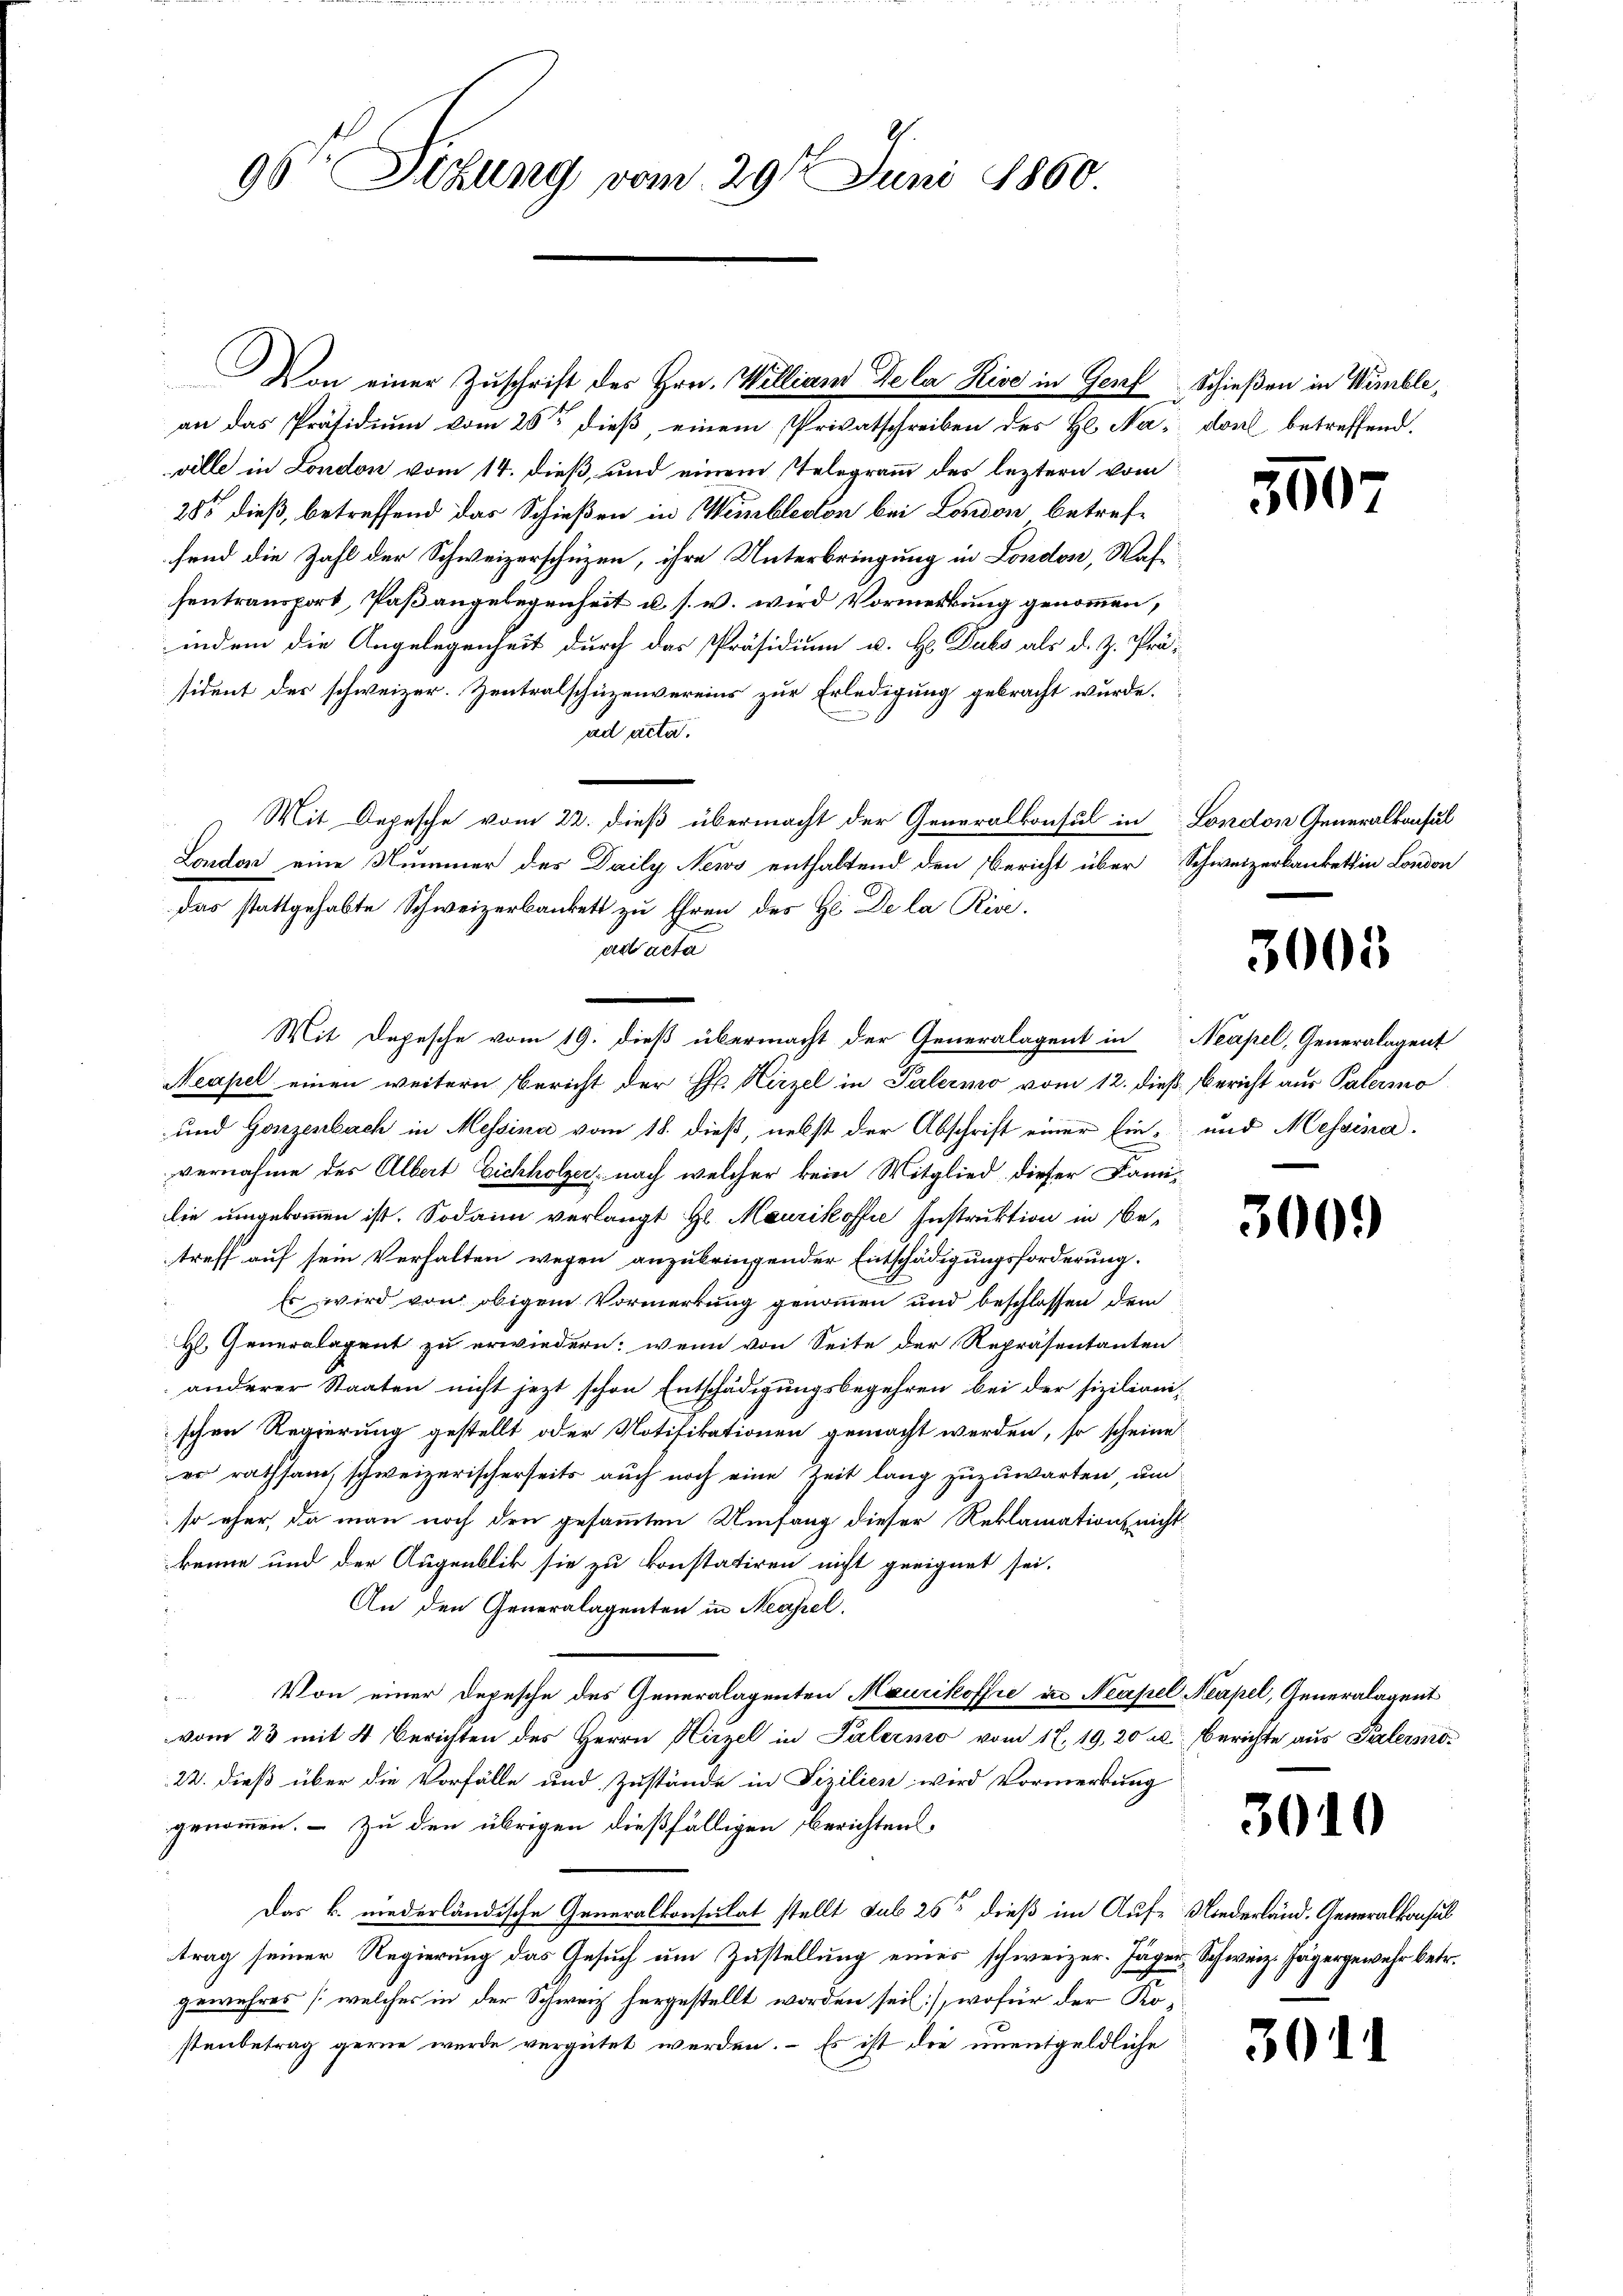
9ste Sitzung vom 29t Juni 1860.

Mit Depesche vom 19. dieß übermacht der Generalagent in Neapel, Generalagent

Von einer Zuschrift des Hrn. Williand De la Hise in Genf Schießen in Wimble,

an das Präsidium vom 25ten dieß, einem Privatschreiben des Hl. Na, dort betreffend.
ville in London vom 14. dieß, und einem Telegramm des leztern vom
285 dieß, betreffend das Schießen in Weibledton bei London betreffend die Zahl der Schweizerschuzen, ihre Unterbringung in London, Waffentransport, Paßangelegenheit u. s. w. wird Vormerkung genommen,
indem die Angelegenheit durch das Präsidium u. H. Dubs als d. Z. Präsident des schweizer. Zentralschüzenvereins zur Erledigung gebracht wurde.
ad acta.
Mit Depesche vom 22. dieß übermacht der Generalkonsul in London Generalkonsul
London eine Nummer des Daily News enthaltend den Bericht über Schweizerbankettin London
das stattgehabte Schweizerbankett zu Ehren des Hr. De la Rise.
ad acta
Neapel einen weitern Bericht der Hr. Hirzel in Palermo vom 12. dieß, Bericht aus Palermo
und Ganzenbach in Messina vom 18. dieß, nebst der Abschrift einer Ein- und Messina.
vernahme des Albert Eichholzer, nach welcher kein Mitglied dieser Familie umgekommen ist. Sodann verlangt Hl. Maurikosfie Instruktion in Betreff auf sein Verhalten wegen anzubringender Entschädigungsforderung.
Es wird von obigem Vormerkung genommen und beschlossen dem
H Generalagent zu erwiedern; wenn von Seite der Repräsentanten
anderer Staaten nicht jezt schon Entschädigungsbegehren bei der sizilianischen Regierung gestellt oder Notifikationen gemacht werden, so scheine
er rathsam, schweizerischerseits auch noch eine Zeit lang zuzuwarten, und
so eher, da man noch den gesammten Umfang dieser Reklamation nicht
kenne und der Augenblik sie zu konstatiren nicht geeignet sei.
An den Generalagenten in Neapel.
Von einer Depesche des Generalagenten Maurikoffre u. Neapel Neapel, Generalagent
vom 23 mit 4 Berichten des Herrn Hirzel in Palermo vom 17. 19, 20 u. Berichte aus Palermo¬
22. dieß über die Vorfälle und Zustände in Fizilien wird Vormerkung
genommen. – Zu den übrigen dießfälligen Berichtens¬
Das k. niederländische Generalkonsulat stellt sub 25ste dieß im Auf-Niederländ. Generalkonsul
trag seiner Regierung das Gesuch um Zustellung eines schweizer. Jäger, Schweiz. Jägergewehr betr.
gewehres [welches in der Schweiz hergestellt worden sei, wofür der Kostenbetrag gerne wurde vergütet werden. – Es ist die unentgeldliche

550

3005

3009

3010

301